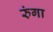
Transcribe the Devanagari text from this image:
रुंगा